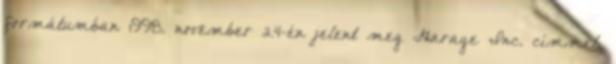
formátumban 1998. november 24-én jelent meg Garage Inc. címmel.